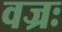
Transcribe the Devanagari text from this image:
वज्रः